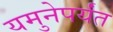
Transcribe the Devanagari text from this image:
यमुनेपर्यंत